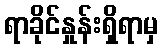
ရာခိုင်နှုန်းရှိရာမှ